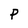
Character: P